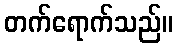
တက်ရောက်သည်။